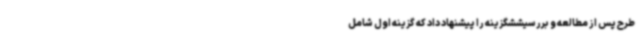
طرح پس از مطالعه و بررسیششگزینه را پیشنهاد داد که گزینه اول شامل